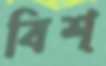
বিশ্